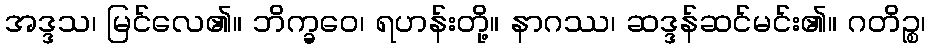
အဒ္ဒသ၊ မြင်လေ၏။ ဘိက္ခဝေ၊ ရဟန်းတို့။ နာဂဿ၊ ဆဒ္ဒန်ဆင်မင်း၏။ ဂတိဉ္စ၊